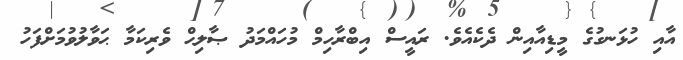
އާއި ހުޅަނގުގެ މީޑިއާއިން ދެކެއެވެ. ރައީސް އިބްރާހިމް މުހައްމަދު ޞާލިޙް ވެރިކަމާ ޙަވާލުވުމަށްފަހު